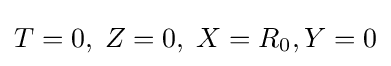
T=0,\;Z=0,\;X=R_{0},Y=0